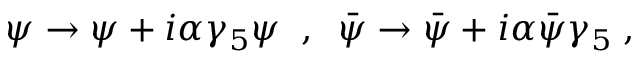
\psi \to \psi + i \alpha \gamma _ { 5 } \psi \; \; , \; \; { \bar { \psi } } \to { \bar { \psi } } + i \alpha { \bar { \psi } } \gamma _ { 5 } \; ,